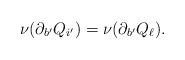
LaTeX: \begin{align*}\nu(\partial_{b'}Q_{i'})=\nu(\partial_{b'}Q_\ell).\end{align*}